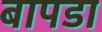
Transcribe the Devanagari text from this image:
बापडा